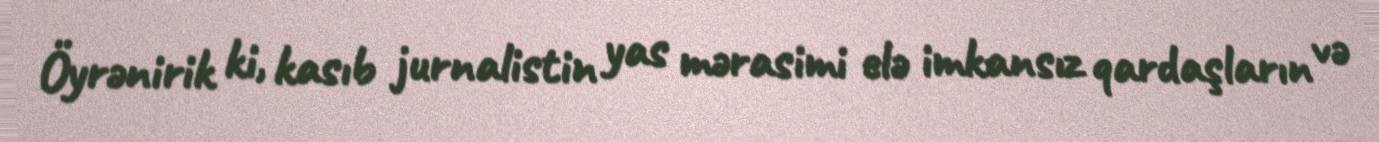
Öyrənirik ki, kasıb jurnalistin yas mərasimi elə imkansız qardaşların və